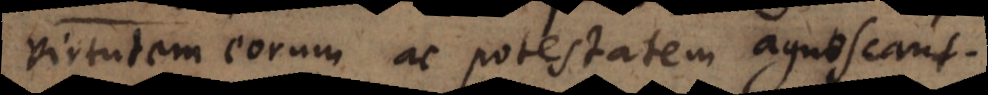
virtutem eorum ac potestatem agnoscant.